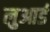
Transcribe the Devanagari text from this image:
लुआर्ड